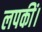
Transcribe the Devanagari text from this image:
लपकीं।